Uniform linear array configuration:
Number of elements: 12
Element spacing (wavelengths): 1
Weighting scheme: hamming
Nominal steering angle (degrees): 30
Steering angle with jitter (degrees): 31.588
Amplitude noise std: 0.05
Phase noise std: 0.05

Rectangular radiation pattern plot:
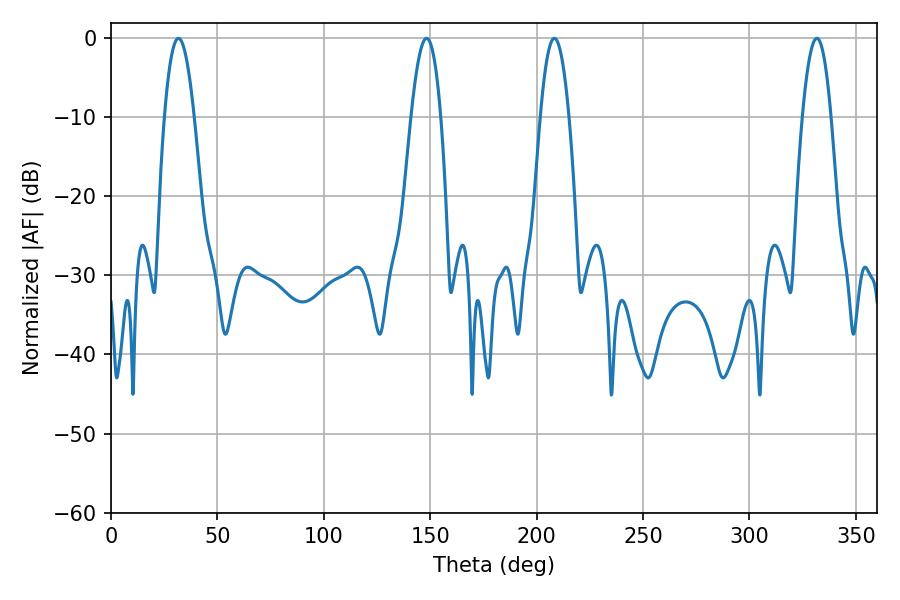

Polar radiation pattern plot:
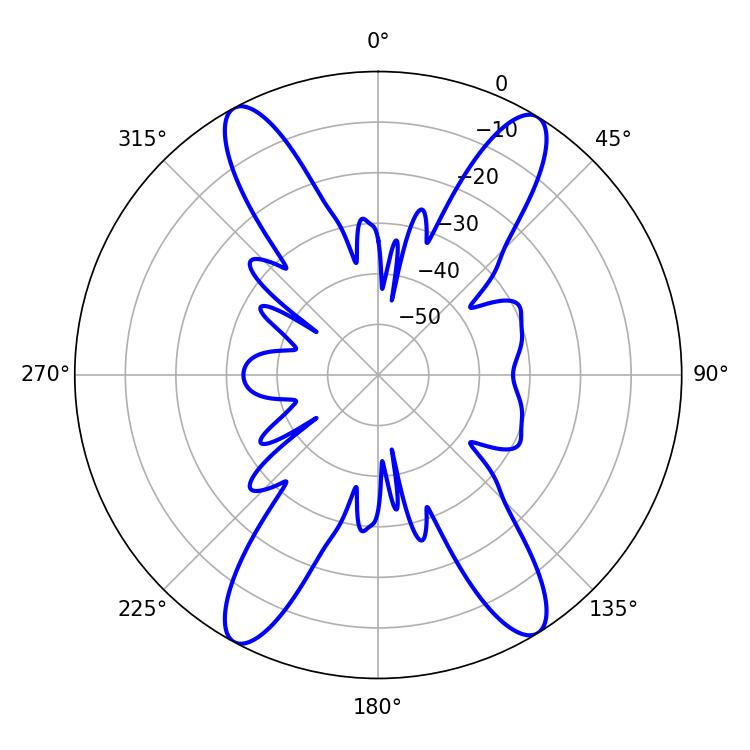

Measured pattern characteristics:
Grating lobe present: TRUE
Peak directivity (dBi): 19.804
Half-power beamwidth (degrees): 7.56
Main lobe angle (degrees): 31.68